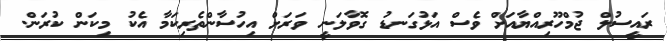
ރައީސުލް ޖުމްހޫރިއްޔާއަށް ވެސް އަޅުގަނޑު ގޮވާލަނީ ވަރަށް އިހުސާންތެރިކަމާ އެކު މިކަން ކުރަން.